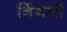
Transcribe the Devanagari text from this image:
निंगली